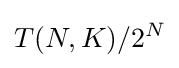
T(N,K)/2^{N}